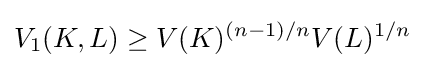
V_{1}(K,L)\geq V(K)^{(n-1)/n}V(L)^{1/n}